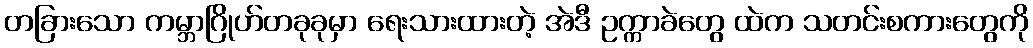
တခြားသော ကမ္ဘာဂြိုဟ်တခုခုမှာ ရေးသားထားတဲ့ အဲဒီ ဥက္ကာခဲတွေ ထဲက သတင်းစကားတွေကို